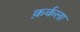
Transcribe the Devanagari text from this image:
क़र्कला